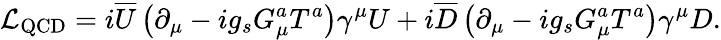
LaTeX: {\mathcal{L}}_{\mathrm{QCD}}=i{\overline{{U}}}\left(\partial_{\mu}-ig_{s}G_{\mu}^{a}T^{a}\right)\gamma^{\mu}U+i{\overline{{D}}}\left(\partial_{\mu}-ig_{s}G_{\mu}^{a}T^{a}\right)\gamma^{\mu}D.